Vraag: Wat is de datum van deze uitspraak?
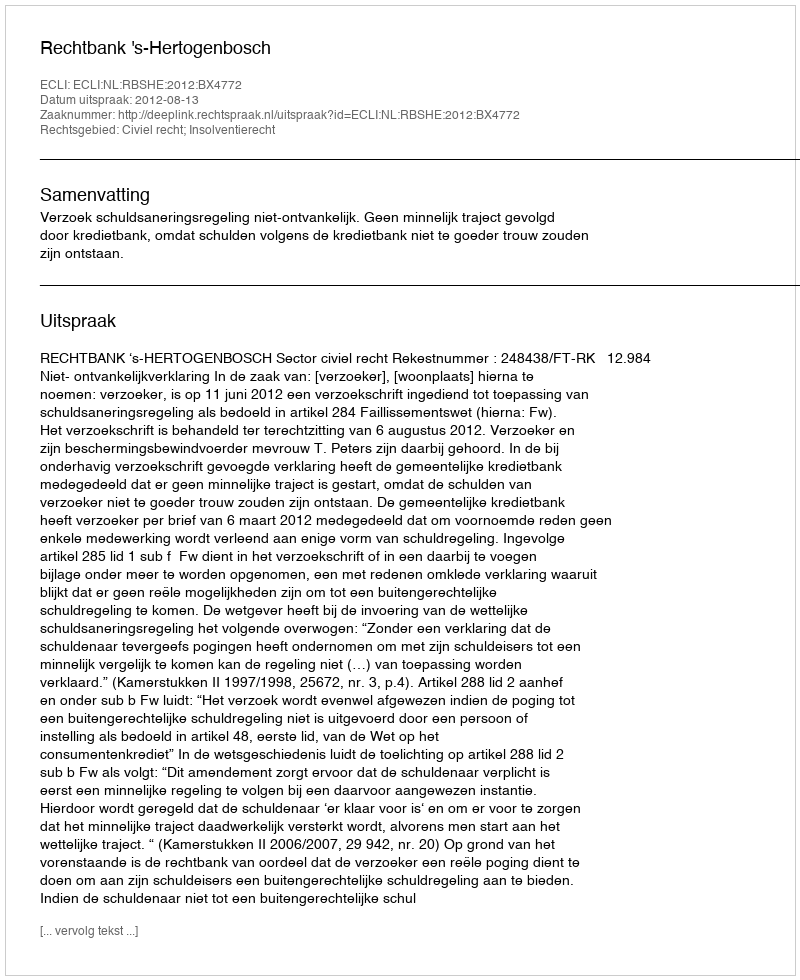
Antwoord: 2012-08-13